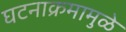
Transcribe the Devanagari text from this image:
घटनाक्रमामुळे